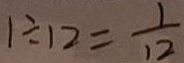
1 \div 1 2 = \frac { 1 } { 1 2 }